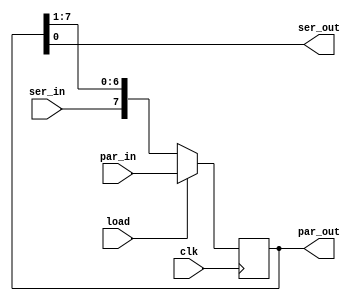
module shift_reg #(parameter N = 8) (
    input clk,
    input [N-1:0]par_in,
    input ser_in,
    input load,
    output reg [N-1:0]par_out,
    output ser_out
);
always @(posedge clk) begin
    if(load) par_out <= par_in;
    else par_out <= {ser_in, par_out[N-1:1]};
end
assign ser_out = par_out[0];

endmodule